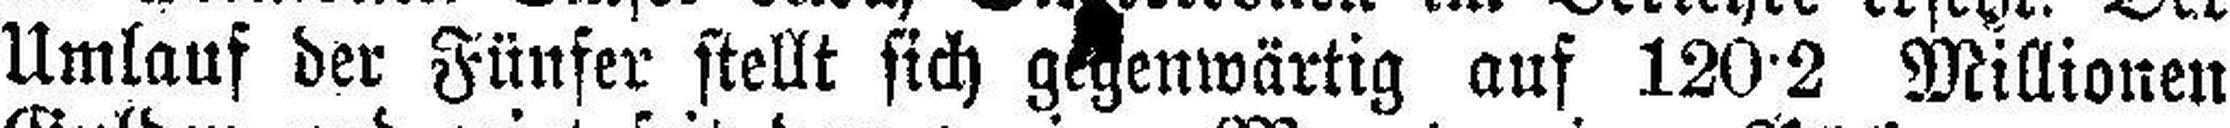
Umlauf der Fünfer stellt sich gegenwärtig auf 120•2 Millionen